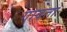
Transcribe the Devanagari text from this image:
गावता